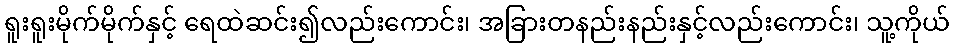
ရူးရူးမိုက်မိုက်နှင့် ရေထဲဆင်း၍လည်းကောင်း၊ အခြားတနည်းနည်းနှင့်လည်းကောင်း၊ သူ့ကိုယ်